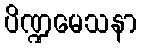
ပိဏ္ဍမေသနာ